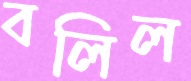
বলিল